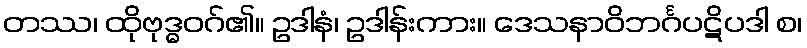
တဿ၊ ထိုဗုဒ္ဓဝဂ်၏။ ဥဒါနံ၊ ဥဒါန်းကား။ ဒေသနာဝိဘင်္ဂပဋိပဒါ စ၊